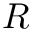
R